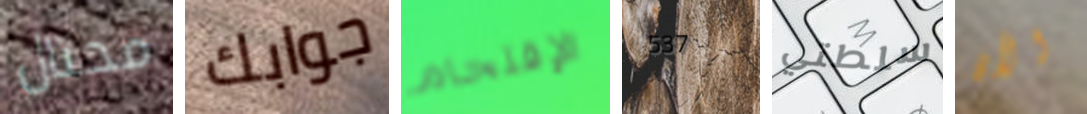
محتال جوابك الإقتحام 537 سلطتي الآن